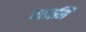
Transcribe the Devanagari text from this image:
वसामि